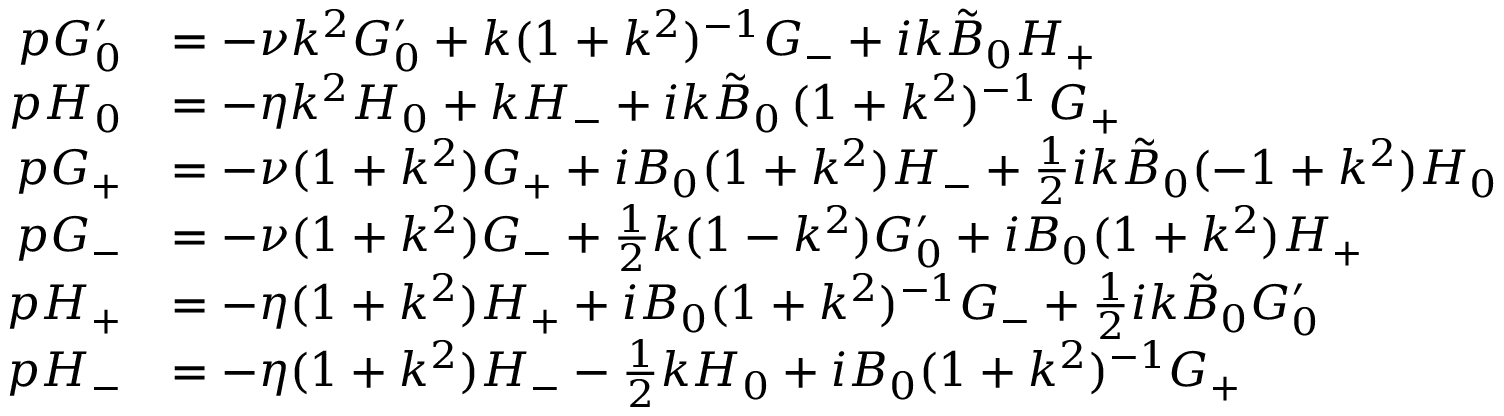
\begin{array} { r l } { p G _ { 0 } ^ { \prime } } & { = - \nu k ^ { 2 } G _ { 0 } ^ { \prime } + { k } ( 1 + k ^ { 2 } ) ^ { - 1 } G _ { - } + i k \tilde { B } _ { 0 } H _ { + } } \\ { p H _ { 0 } } & { = - \eta k ^ { 2 } H _ { 0 } + k H _ { - } + i k \tilde { B } _ { 0 } \, ( 1 + k ^ { 2 } ) ^ { - 1 } \, G _ { + } } \\ { p G _ { + } } & { = - \nu ( 1 + k ^ { 2 } ) G _ { + } + i B _ { 0 } ( 1 + k ^ { 2 } ) H _ { - } + \frac { 1 } { 2 } { i k \tilde { B } _ { 0 } } ( - 1 + k ^ { 2 } ) H _ { 0 } } \\ { p G _ { - } } & { = - \nu ( 1 + k ^ { 2 } ) G _ { - } + \frac { 1 } { 2 } k ( 1 - k ^ { 2 } ) G _ { 0 } ^ { \prime } + i B _ { 0 } ( 1 + k ^ { 2 } ) H _ { + } } \\ { p H _ { + } } & { = - \eta ( 1 + k ^ { 2 } ) H _ { + } + i B _ { 0 } ( 1 + k ^ { 2 } ) ^ { - 1 } G _ { - } + \frac { 1 } { 2 } i k \tilde { B } _ { 0 } G _ { 0 } ^ { \prime } } \\ { p H _ { - } } & { = - \eta ( 1 + k ^ { 2 } ) H _ { - } - \frac { 1 } { 2 } k H _ { 0 } + i B _ { 0 } ( 1 + k ^ { 2 } ) ^ { - 1 } G _ { + } } \end{array}